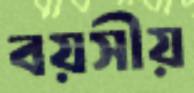
বয়সীয়